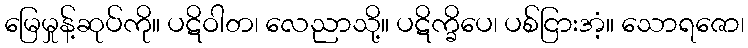
မြေမှုန့်ဆုပ်ကို။ ပဋိဝါတ၊ လေညာသို့။ ပဋိက္ခိပေ၊ ပစ်ငြားအံ့။ သောရဇော၊